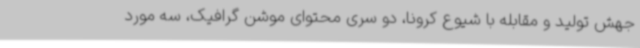
جهش تولید و مقابله با شیوع کرونا، دو سری محتوای موشن گرافیک، سه مورد